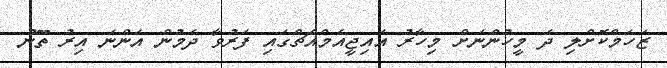
ޒަހަމްކޮށްލި ދެ މީހުންނަށް މިހާރު އައިޖީއެމްއެޗްގައި ފަރުވާ ދެމުން އަންނަ އިރު ތޫނު